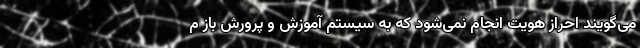
می‌گویند احراز هویت انجام نمی‌شود که به سیستم آموزش و پرورش باز م